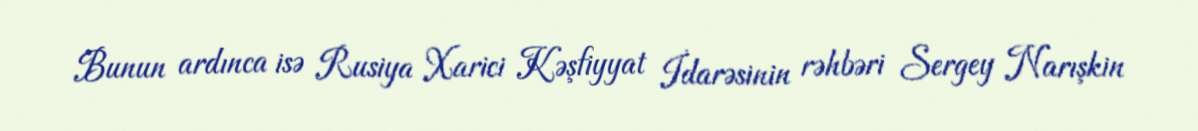
Bunun ardınca isə Rusiya Xarici Kəşfiyyat İdarəsinin rəhbəri Sergey Narışkin